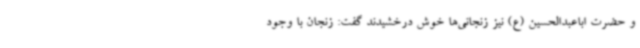
و حضرت اباعبدالحسین (ع) نیز زنجانی‌ها خوش درخشیدند گفت: زنجان با وجود